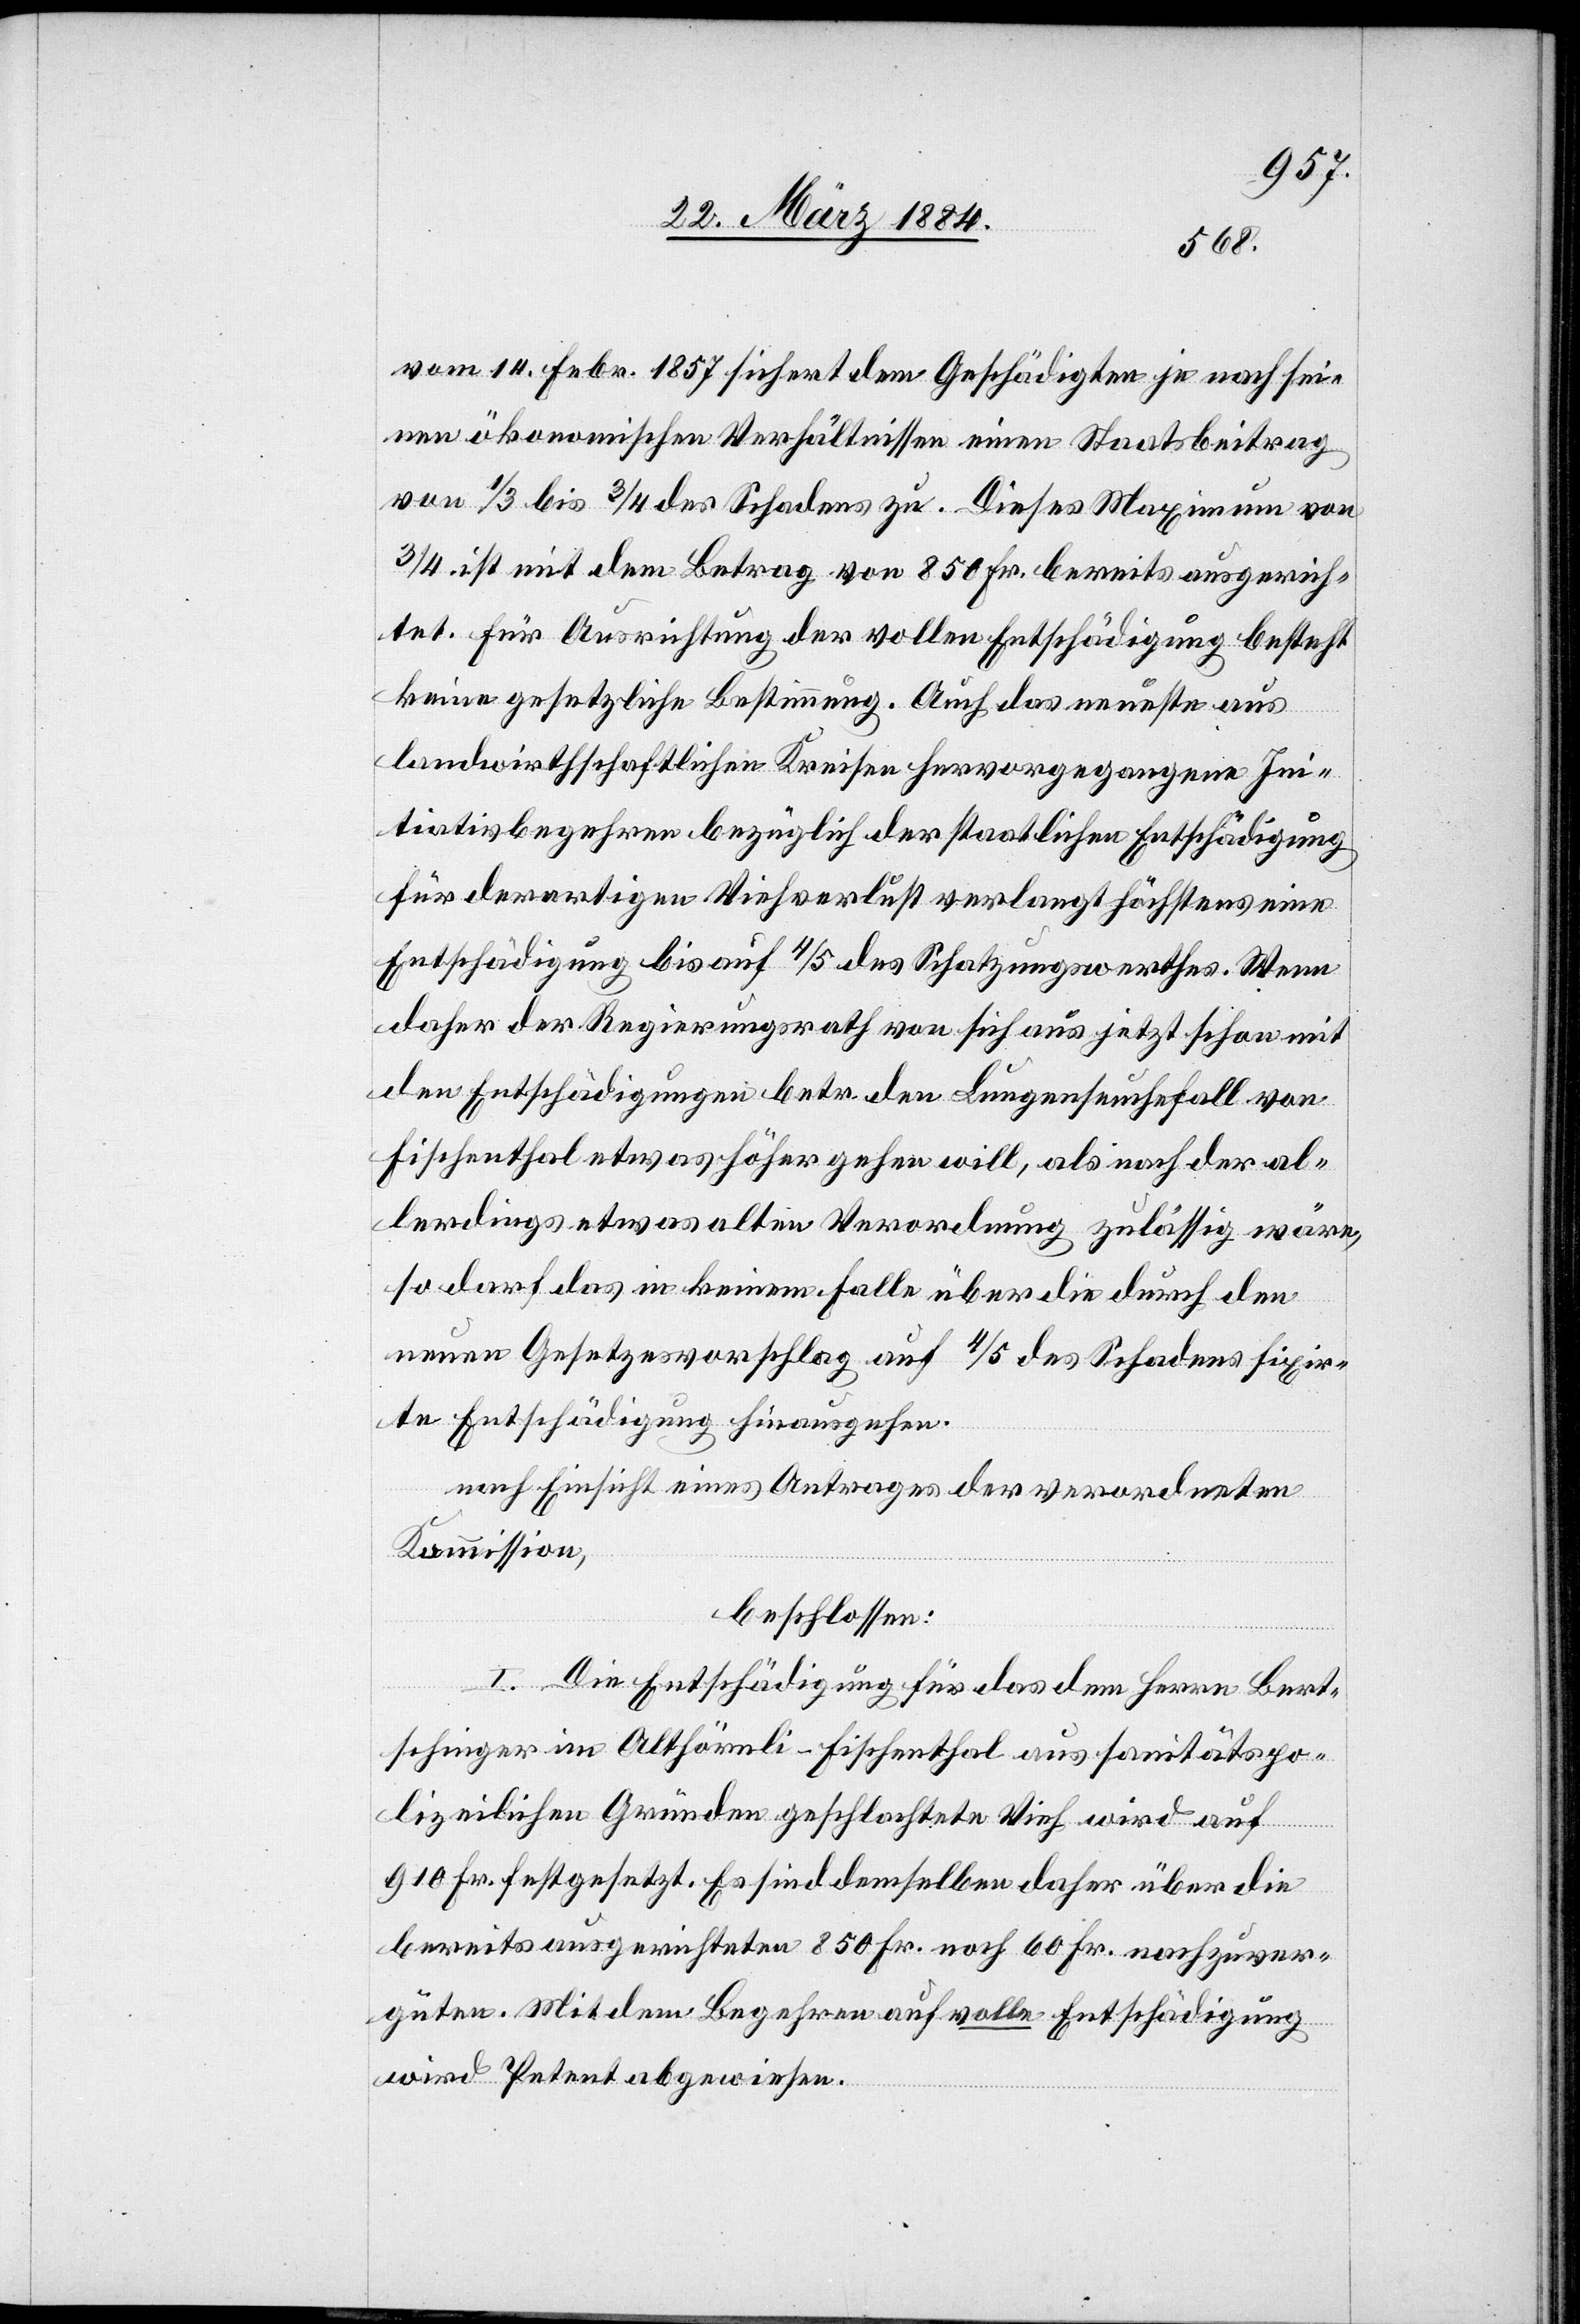
vom 14. Febr. 1857 sichert dem Geschädigten je nach sei¬
nen ökonomischen Verhältnissen einen Staatsbeitrag
von 1/3 bis 3/4 des Schadens zu. Dieses Maximum von
3/4 ist mit dem Betrage von 850 Fr. bereits ausgerich¬
tet. Für Ausrichtung der vollen Entschädigung besteht
keine gesetzliche Bestimmung. Auch das neuste aus
landwirthschaftlichen Kreisen hervorgegangene Ini¬
tiativbegehren bezüglich der staatlichen Entschädigung
für derartigen Viehverlust verlangt höchstens eine
Entschädigung bis auf 4/5 des Schatzungswerthes. Wenn
daher der Regierungsrath von sich aus jetzt schon mit
den Entschädigungen betr. dem Lungenseuchenfall von
Fischenthal etwas höher gehen will, als nach der al¬
lerdings etwas alten Verordnung zulässig wäre,
so darf das in keinem Falle über die durch den
neuen Gesetzesvorschlag auf 4/5 des Schadens fixir¬
te Entschädigung hinausgehen,
nach Einsicht eines Antrages der verordneten
Kommission,
beschlossen:
I. Die Entschädigung für das dem Herrn Bert¬
schinger im Althörnli - Fischenthal aus sanitätspo¬
lizeilichen Gründen geschlachtete Vieh wird auf
910 Fr. festgesetzt. Es sind demselben daher über die
bereits ausgerichteten 850 Fr. noch 60 Fr. nachzuver¬
güten. Mit dem Begehren auf volle Entschädigung
wird Petent abgewiesen.